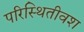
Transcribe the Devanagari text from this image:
परिस्थितीवश